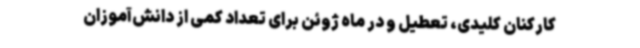
کارکنان کلیدی، تعطیل و در ماه ژوئن برای تعداد کمی از دانش‌آموزان